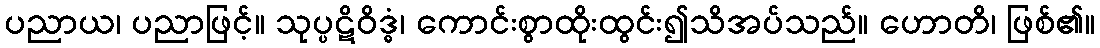
ပညာယ၊ ပညာဖြင့်။ သုပ္ပဋိဝိဒ္ဓံ၊ ကောင်းစွာထိုးထွင်း၍သိအပ်သည်။ ဟောတိ၊ ဖြစ်၏။